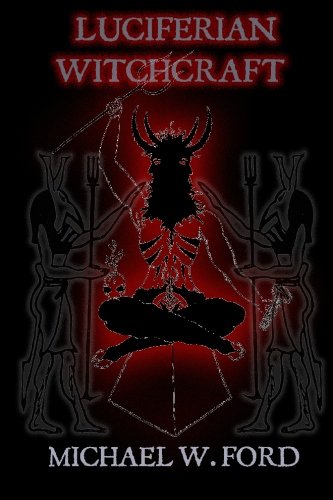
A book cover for Luciferian Witchcraft: Book of the Serpent; Mr. Michael W Ford; Religion & Spirituality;